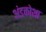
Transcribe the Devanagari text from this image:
अंडकोशा